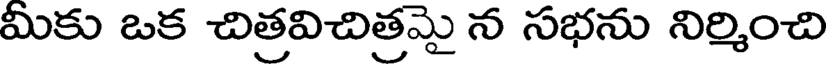
మీకు ఒక చిత్రవిచిత్రమై న సభను నిర్మించి